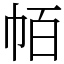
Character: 帞